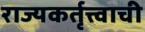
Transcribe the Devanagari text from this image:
राज्यकर्तृत्त्वाची